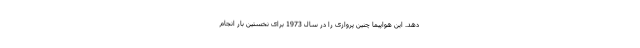
دهد. این هواپیما چنین پروازی را در سال 1973 برای نخستین بار انجام